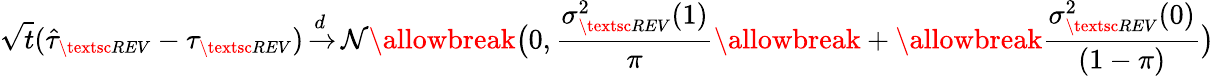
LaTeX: \sqrt{t}(\hat{\tau}_{\small\textsc{{REV}}}-\tau_{\small\textsc{{REV}}}){\, \overset{{\, d\, \, }}{\rightarrow}\, }{\mathcal{N}}\allowbreak\big(0,\frac{\sigma_{\small\textsc{{REV}}}^{2}(1)}{\pi}\allowbreak+\allowbreak\frac{\sigma_{\small\textsc{{REV}}}^{2}(0)}{(1-\pi)}\big)